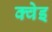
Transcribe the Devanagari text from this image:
क्वेइ